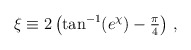
\begin{align*}\xi \equiv 2 \left( \tan^{-1} (e^{\chi}) -{\textstyle\frac{\pi}{4}}\right)\, ,\end{align*}